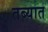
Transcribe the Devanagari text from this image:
तब्यात